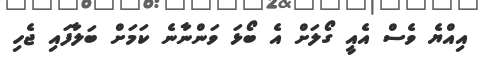
އިއްޔެ ވެސް އެއީ ގޯލަށް އެ ބޯޅަ ވަންނާނެ ކަމަށް ބަލާފައި ޖެހި